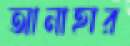
আনাহার